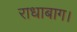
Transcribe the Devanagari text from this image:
राधाबाग।